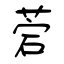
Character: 菪